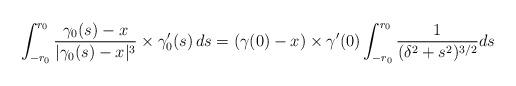
LaTeX: \begin{align*}\int_{-r_0}^{r_0} \frac{\gamma_0(s)-x}{|\gamma_0(s)-x|^3}\times\gamma_0'(s)\, ds = (\gamma(0)-x)\times \gamma'(0) \int_{-r_0}^{r_0} \frac 1{(\delta^2 + s^2)^{3/2} } ds\end{align*}